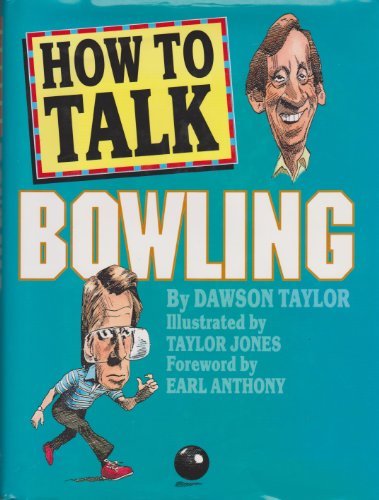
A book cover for How to Talk Bowling; Dawson Taylor; Sports & Outdoors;